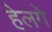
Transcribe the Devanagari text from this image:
हेलगे